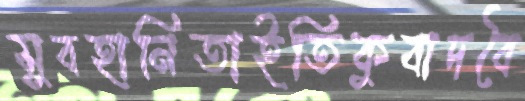
সুবহানিতাইতিকুবাদবৈ